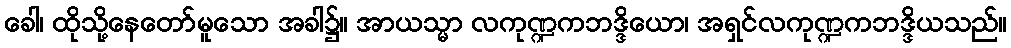
ခေါ၊ ထိုသို့နေတော်မူသော အခါ၌။ အာယသ္မာ လကုဏ္ဍကဘဒ္ဒိယော၊ အရှင်လကုဏ္ဍကဘဒ္ဒိယသည်။